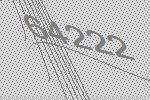
64222